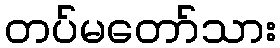
တပ်မတော်သား